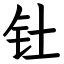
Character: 钍